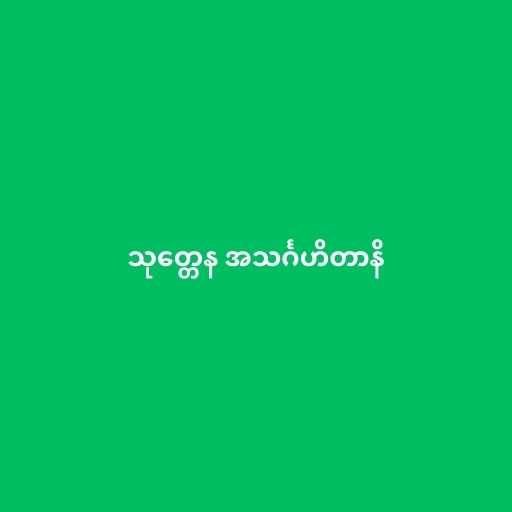
သုတ္တေန အသင်္ဂဟိတာနိ